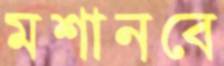
মশানবে